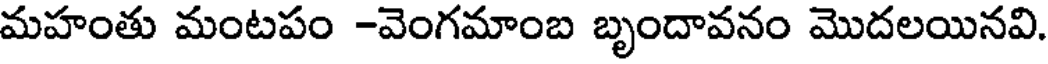
మహంతు మంటపం -వెంగమాంబ బృందావనం మొదలయినవి.